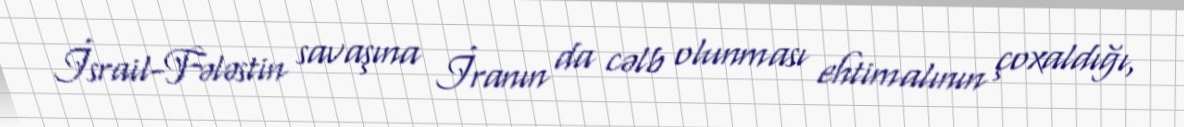
İsrail-Fələstin savaşına İranın da cəlb olunması ehtimalının çoxaldığı,